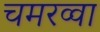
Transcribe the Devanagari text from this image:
चमरव्‍वा